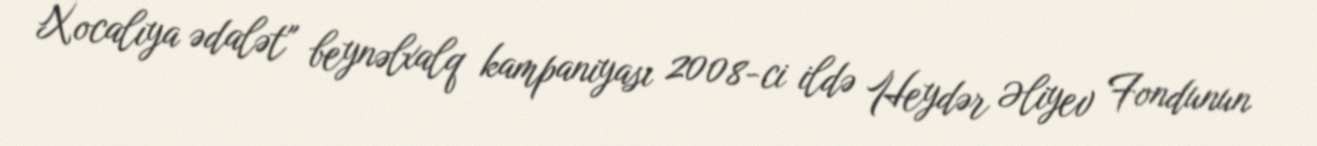
Xocalıya ədalət" beynəlxalq kampaniyası 2008-ci ildə Heydər Əliyev Fondunun